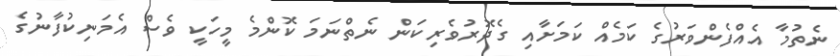
ނެތުމާ އެއްފެންވަރުގެ ކަމެއް ކަމަށާއި ގެދޮރުވެރިކަން ނެތްނަމަ ކޮންމެ މީހަކީ ވެސް އެމަނިކުފާނުގެ